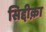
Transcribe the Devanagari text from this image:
सिद्दीक़ा